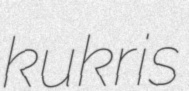
kukris